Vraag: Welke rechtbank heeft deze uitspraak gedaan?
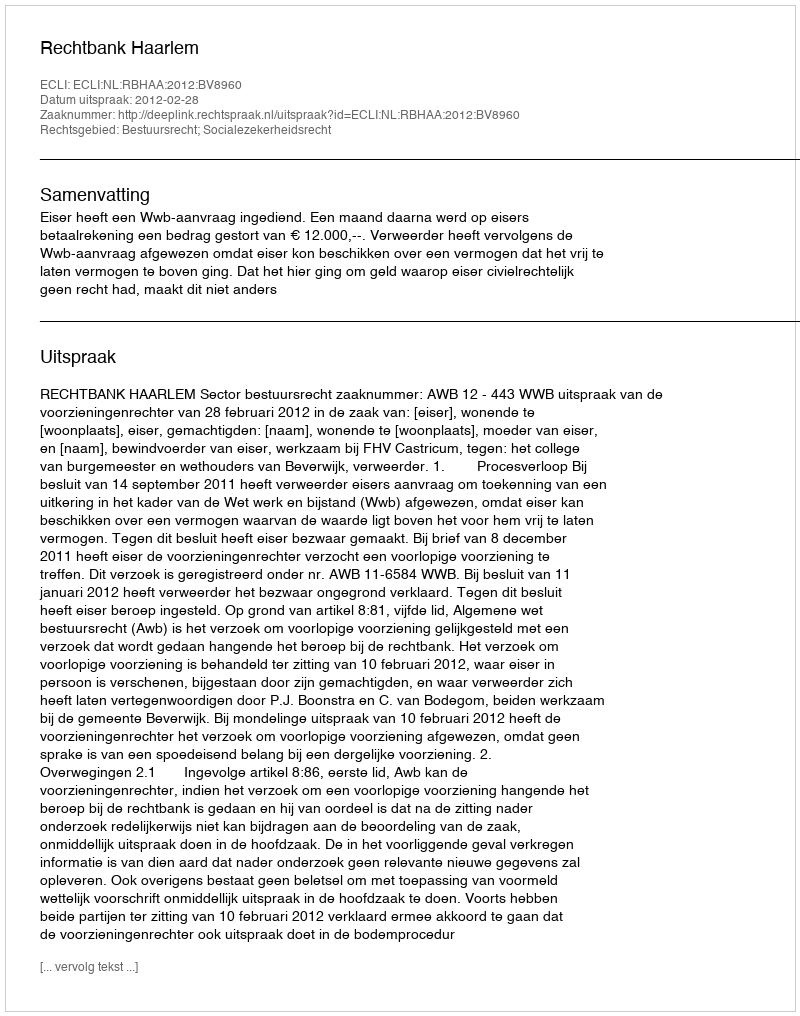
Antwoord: Rechtbank Haarlem